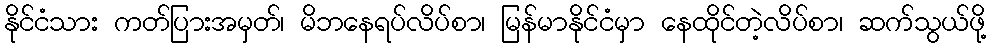
နိုင်ငံသား ကတ်ပြားအမှတ်၊ မိဘနေရပ်လိပ်စာ၊ မြန်မာနိုင်ငံမှာ နေထိုင်တဲ့လိပ်စာ၊ ဆက်သွယ်ဖို့